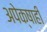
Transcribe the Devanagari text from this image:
अपेक्षाही